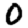
Digit: 0